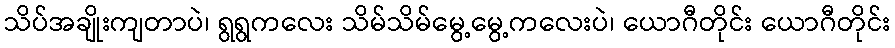
သိပ်အချိုးကျတာပဲ၊ ရွရွကလေး သိမ်သိမ်မွေ့မွေ့ကလေးပဲ၊ ယောဂီတိုင်း ယောဂီတိုင်း